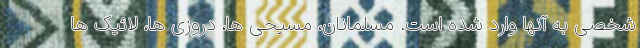
شخصی به آنها وارد شده است. مسلمانان، مسیحی ها، دروزی ها، لائیک ها